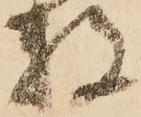
数